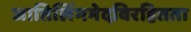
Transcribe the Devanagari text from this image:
जातिलिंगभेदविरहितता